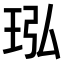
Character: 𬍝